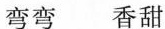
弯弯 香甜